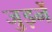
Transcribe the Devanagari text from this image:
जुड़नें